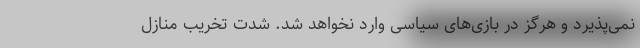
نمی‌پذیرد و هرگز در بازی‌های سیاسی وارد نخواهد شد. شدت تخریب منازل